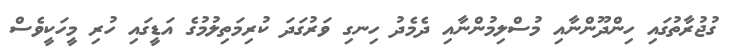
ގުޖުރާތުގައި ހިންދޫންނާއި މުސްލިމުންނާއި ދެމެދު ހިނގި ވަރުގަދަ ކުރިމަތިލުމުގެ އަޑީގައި ހުރި މީހަކީވެސް